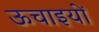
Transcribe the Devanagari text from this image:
ऊचाइयों